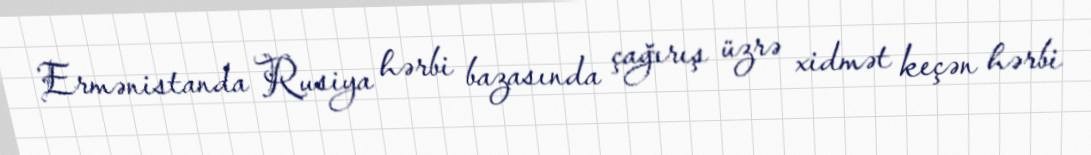
Ermənistanda Rusiya hərbi bazasında çağırış üzrə xidmət keçən hərbi